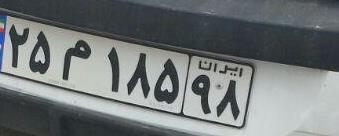
۲۵م۱۸۵۹۸